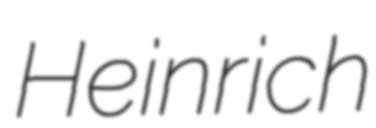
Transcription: Heinrich